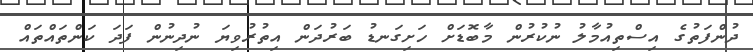
ދުންފަތުގެ އިސްތިއުމާލު ނުކުރުން މާބޮޑަށް ހަށިގަނޑު ބަރުދަން އިތުރުވިޔަ ނުދިނުން ފަދަ ކަންތައްތައް